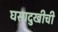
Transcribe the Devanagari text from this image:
घसादुखीची